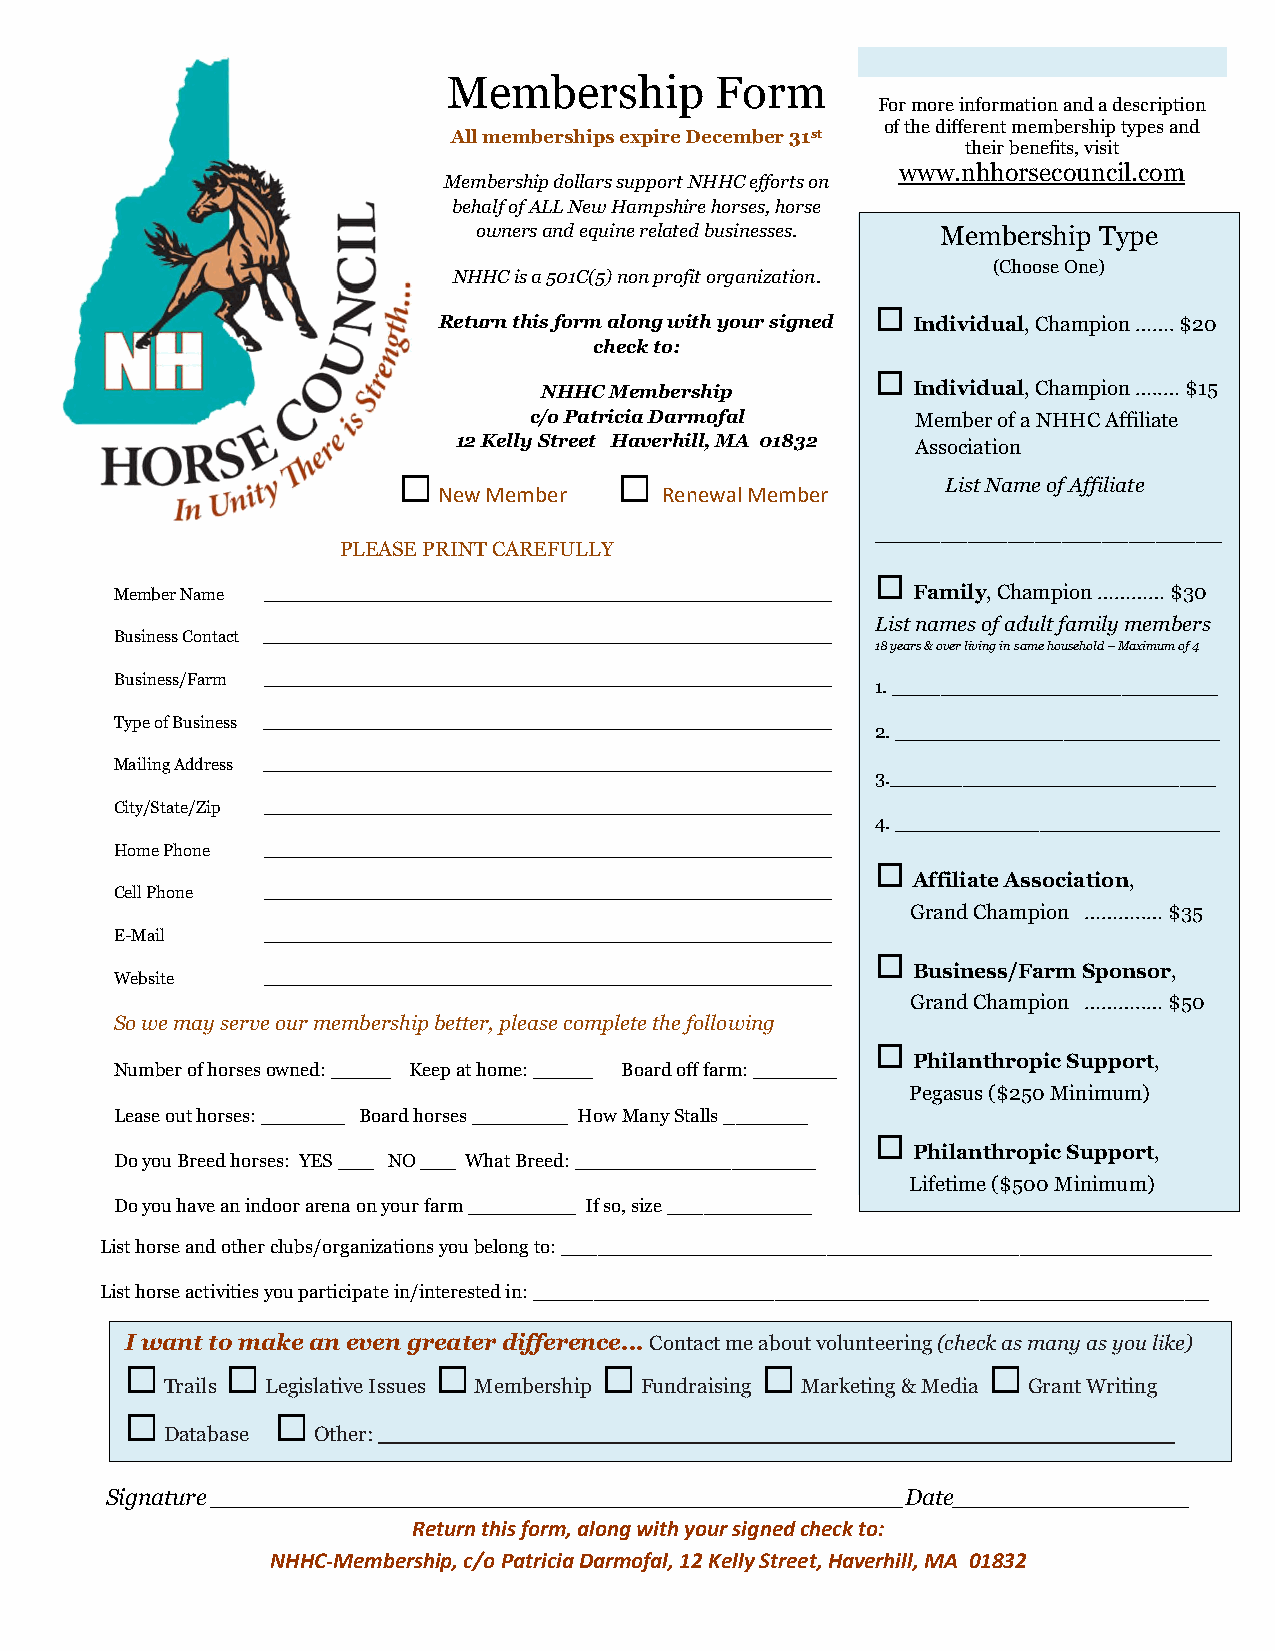
Membership       Form
 For more information and a description
 of the different membership types and
 All memberships expire December 31st
 their benefits, visit
 www.nhhorsecouncil.com
 Membership dollars support NHHC efforts on
 behalf of ALL New Hampshire horses, horse
 owners and equine related businesses. Membership Type
 (Choose One)
 NHHC is a 501C(5) non profit organization.
 
 Return this form along with your signed Individual, Champion ……. $20
 check to:
 
 NHHC Membership         Individual, Champion …..… $15
 c/o Patricia Darmofal     Member of a NHHC Affiliate
 12 Kelly Street Haverhill, MA 01832 Association
                                    List Name of Affiliate
 New Member     Renewal Member
 __________________________
 PLEASE PRINT CAREFULLY
 
 Member Name _____________________________________________________ Family, Champion ………… $30
 List names of adult family members
 Business Contact _____________________________________________________
 18 years & over living in same household – Maximum of 4
 Business/Farm _____________________________________________________ 1. ___________________________
 Type of Business _____________________________________________________
 2. ___________________________
 Mailing Address _____________________________________________________
 3.___________________________
 City/State/Zip _____________________________________________________
 4. ___________________________
 Home Phone _____________________________________________________
 
 Affiliate Association,
 Cell Phone _____________________________________________________
 Grand Champion ………..… $35
 E-Mail   _____________________________________________________
 
 Business/Farm Sponsor,
 Website  _____________________________________________________
 Grand Champion ………..… $50
 So we may serve our membership better, please complete the following
 
 Philanthropic Support,
 Number of horses owned: _____ Keep at home: _____ Board off farm: _______
 Pegasus ($250 Minimum)
 Lease out horses: _______ Board horses ________ How Many Stalls _______
 
 Philanthropic Support,
 Do you Breed horses: YES ___ NO ___ What Breed: ____________________
 Lifetime ($500 Minimum)
 Do you have an indoor arena on your farm _________ If so, size ____________
 List horse and other clubs/organizations you belong to: ______________________________________________________
 List horse activities you participate in/interested in: ________________________________________________________
 Iwanttomakeanevengreaterdifference...Contact me about volunteering (check as many as you like)
                                                     
 Trails Legislative Issues Membership Fundraising Marketing & Media Grant Writing
          
 Database  Other: ____________________
 Signature _______________________________________________Date________________
 Return this form, along with your signed check to:
 NHHC-Membership, c/o Patricia Darmofal, 12 Kelly Street, Haverhill, MA 01832